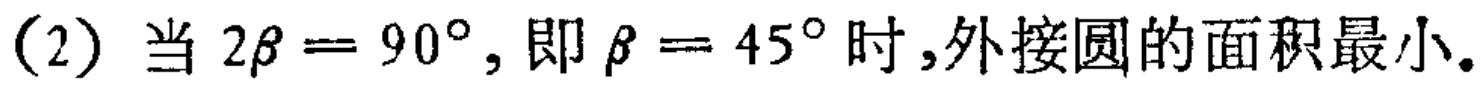
(2) 当 \(2\beta = 90^{\circ}\), 即 \(\beta = 45^{\circ}\) 时,外接圆的面积最小.